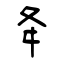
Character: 夅